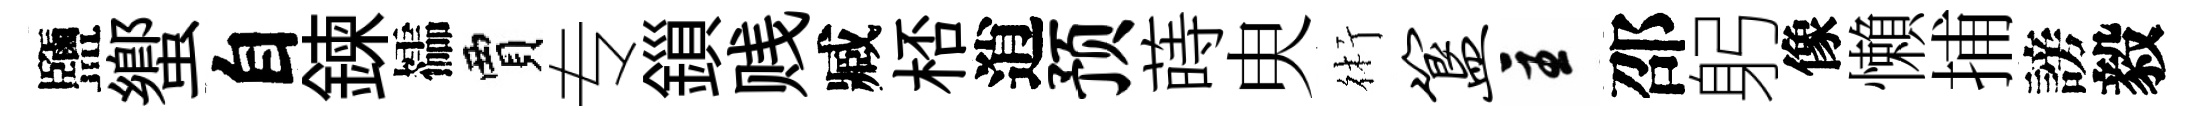
鹽蠁自鍊櫺賈专鎻贱臧桮逍预蒔㬰術簋主邵躬像懶捕謗毅